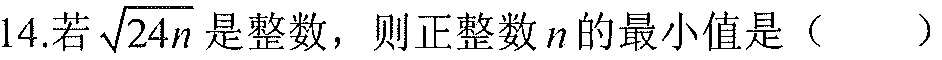
14.若\(\sqrt{24n}\)是整数，则正整数\(n\)的最小值是（  ）